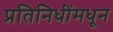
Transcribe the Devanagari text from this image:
प्रतिनिधींमधून